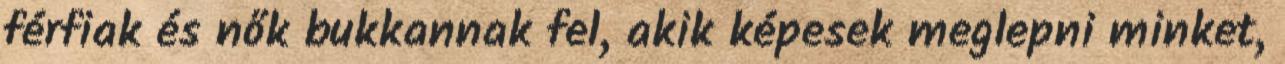
férfiak és nők bukkannak fel, akik képesek meglepni minket,